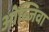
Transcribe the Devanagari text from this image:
ओब्जिवा